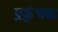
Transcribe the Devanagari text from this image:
प्रकुंचक